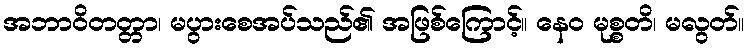
အဘာဝိတတ္တာ၊ မပွားစေအပ်သည်၏ အဖြစ်ကြောင့်။ နေဝ မုစ္စတိ၊ မလွတ်။